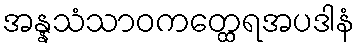
အန္နသံသာဝကတ္ထေရအပဒါနံ